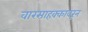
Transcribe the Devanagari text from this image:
वारसाहक्कावरून